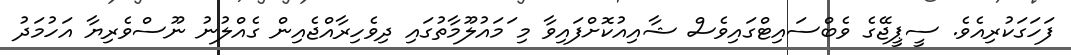
ފަހަގަކުރިއެވެ. ސީޕީޖޭގެ ވެބްސައިޓްގައިވެސް ޝާއިއުކޮށްފައިވާ މި ަމައުލޫމާތުގައި ދިވެހިރާއްޖެއިން ގެއްލުނު ނޫސްވެރިޔާ އަހުމަދު